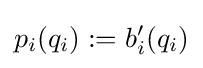
p_{i}(q_{i}):=b_{i}'(q_{i})